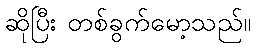
ဆိုပြီး တစ်ခွက်မော့သည်။